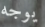
يوجه